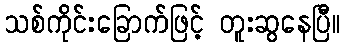
သစ်ကိုင်းခြောက်ဖြင့် တူးဆွနေပြီ။